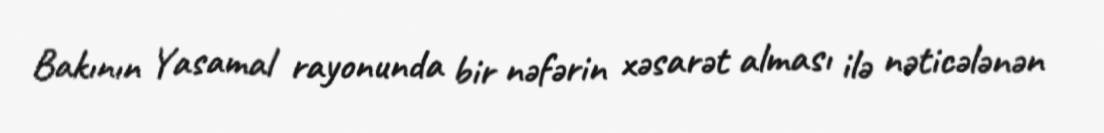
Bakının Yasamal rayonunda bir nəfərin xəsarət alması ilə nəticələnən